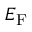
E _ { \mathrm { F } }